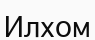
Илхом